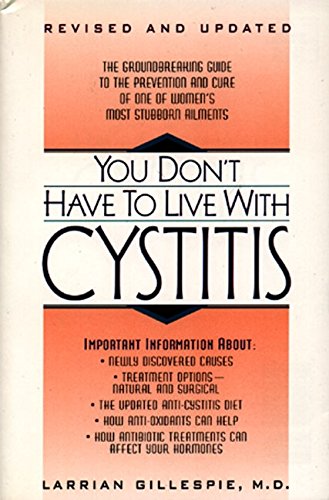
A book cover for You Don't Have to Live with Cystitis; Larrian Gillespie; Health, Fitness & Dieting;